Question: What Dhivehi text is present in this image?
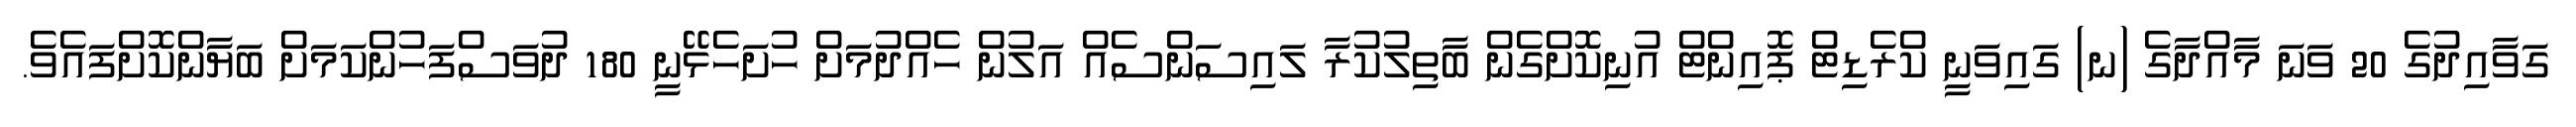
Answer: ގަވާއިދުގެ 20 ވަނަ މާއްދާގެ (ނ) ގައިވަނީ ކްރެޑިޓް ޕޮއިންޓް އުނިކޮށްގެން ބާތިލުކުރާ ލައިސަންސެއް އަލުން ހެއްދުމަށް ހުށަހެޅޭނީ 180 ދުވަސްފަހުންކަމަށް ބަޔާންކޮށްފައެވެ.